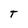
Character: T